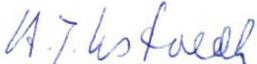
H.J. Ustvedt